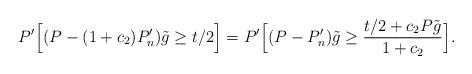
LaTeX: \begin{align*}P'\Bigl[(P - (1 + c_{2})P'_{n})\tilde{g} \ge t/2\Bigr] = P'\Bigl[(P - P'_{n})\tilde{g} \ge \frac{t/2 + c_{2}P\tilde{g}}{1 + c_{2}}\Bigr].\end{align*}